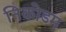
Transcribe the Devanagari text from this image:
निकोडम